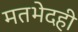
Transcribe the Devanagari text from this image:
मतभेदही